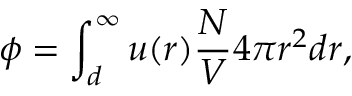
\phi = \int _ { d } ^ { \infty } u ( r ) { \frac { N } { V } } 4 \pi r ^ { 2 } d r ,